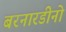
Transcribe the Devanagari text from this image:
बरनारडीनो